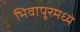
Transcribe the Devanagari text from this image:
भिवापूरमध्ये